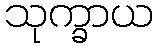
သုက္ခာယ